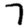
Digit: 7